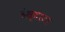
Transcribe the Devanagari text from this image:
हेस्टाटा